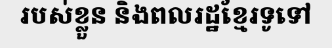
របស់ខ្លួន និងពលរដ្ឋខ្មែរទូទៅ